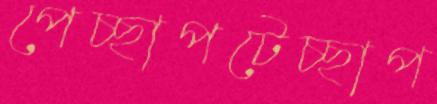
পেচ্ছাপটেচ্ছাপ